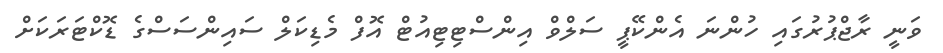
ވަނީ ރާޖްޕުރުގައި ހުންނަ އެންކޭޕީ ސަލްވް އިންސްޓިޓިއުޓް އޮފް މެޑިކަލް ސައިންސަސްގެ ޑޮކްޓަރަކަށް